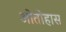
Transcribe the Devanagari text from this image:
ओतोहास